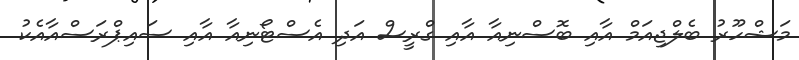
މަޝްހޫރު ބެލްޖިއަމް އާއި ބޮސްނިއާ އާއި ގްރީސް އަދި އެސްޓޯނިއާ އާއި ސައިޕްރަސްއާއެކު